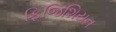
ફિજિશિયન